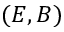
( E , B )